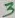
Text: 3